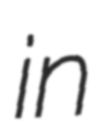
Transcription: in